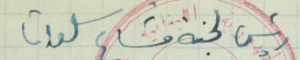
رئيس لجنة مشاع سلعاتا